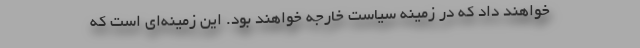
خواهند داد که در زمینه سیاست خارجه خواهند بود. این زمینه‌ای است که